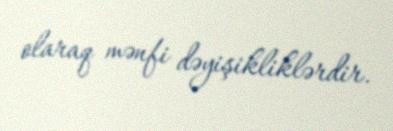
olaraq mənfi dəyişikliklərdir.